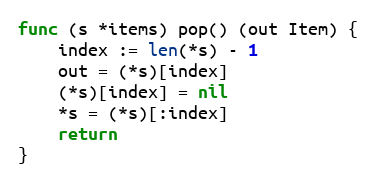
Language: Go
func (s *items) pop() (out Item) {
	index := len(*s) - 1
	out = (*s)[index]
	(*s)[index] = nil
	*s = (*s)[:index]
	return
}